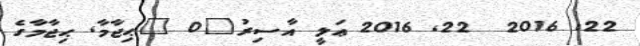
22